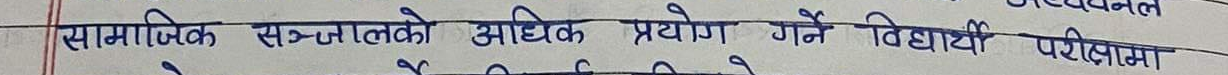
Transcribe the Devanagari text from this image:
सामाजिक सञ्जालको अधिक प्रयोग गर्ने विद्यार्थी परीक्षा